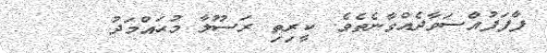
ފާފަފުއްސަވާދެއްވާނެތެވެ. ކީރިތި ރަސޫލާ މުޙައްމަދު